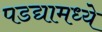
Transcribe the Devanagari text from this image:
पडद्यामध्ये